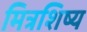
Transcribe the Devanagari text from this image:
मित्रशिष्य